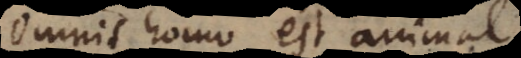
Omnis homo est animal